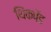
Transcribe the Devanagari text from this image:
थिंकपॅड